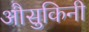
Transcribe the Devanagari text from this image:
औसुकिनी